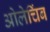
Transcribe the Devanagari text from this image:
ओलेचिंब